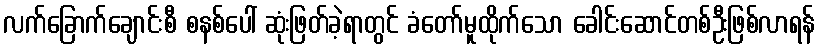
လက်ခြောက်ချောင်းစီ စနစ်ပေါ် ဆုံးဖြတ်ခဲ့ရာတွင် ခံတော်မူထိုက်သော ခေါင်းဆောင်တစ်ဦးဖြစ်လာရန်